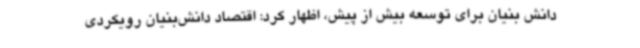
دانش بنیان برای توسعه بیش از پیش، اظهار کرد: اقتصاد دانش‌بنیان رویکردی